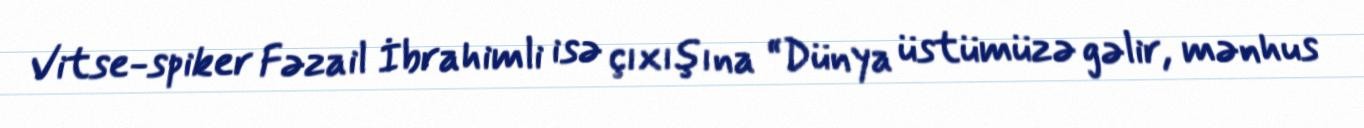
Vitse-spiker Fəzail İbrahimli isə çıxışına “Dünya üstümüzə gəlir, mənhus